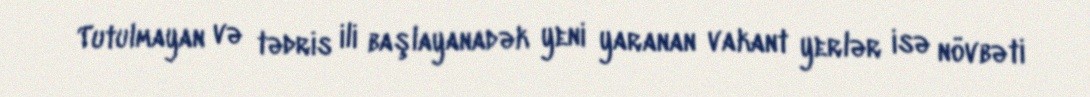
Tutulmayan və tədris ili başlayanadək yeni yaranan vakant yerlər isə növbəti